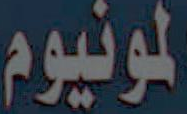
المونيوم